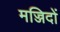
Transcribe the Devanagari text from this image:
मज्जिदों